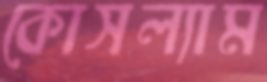
কোসল্যাম